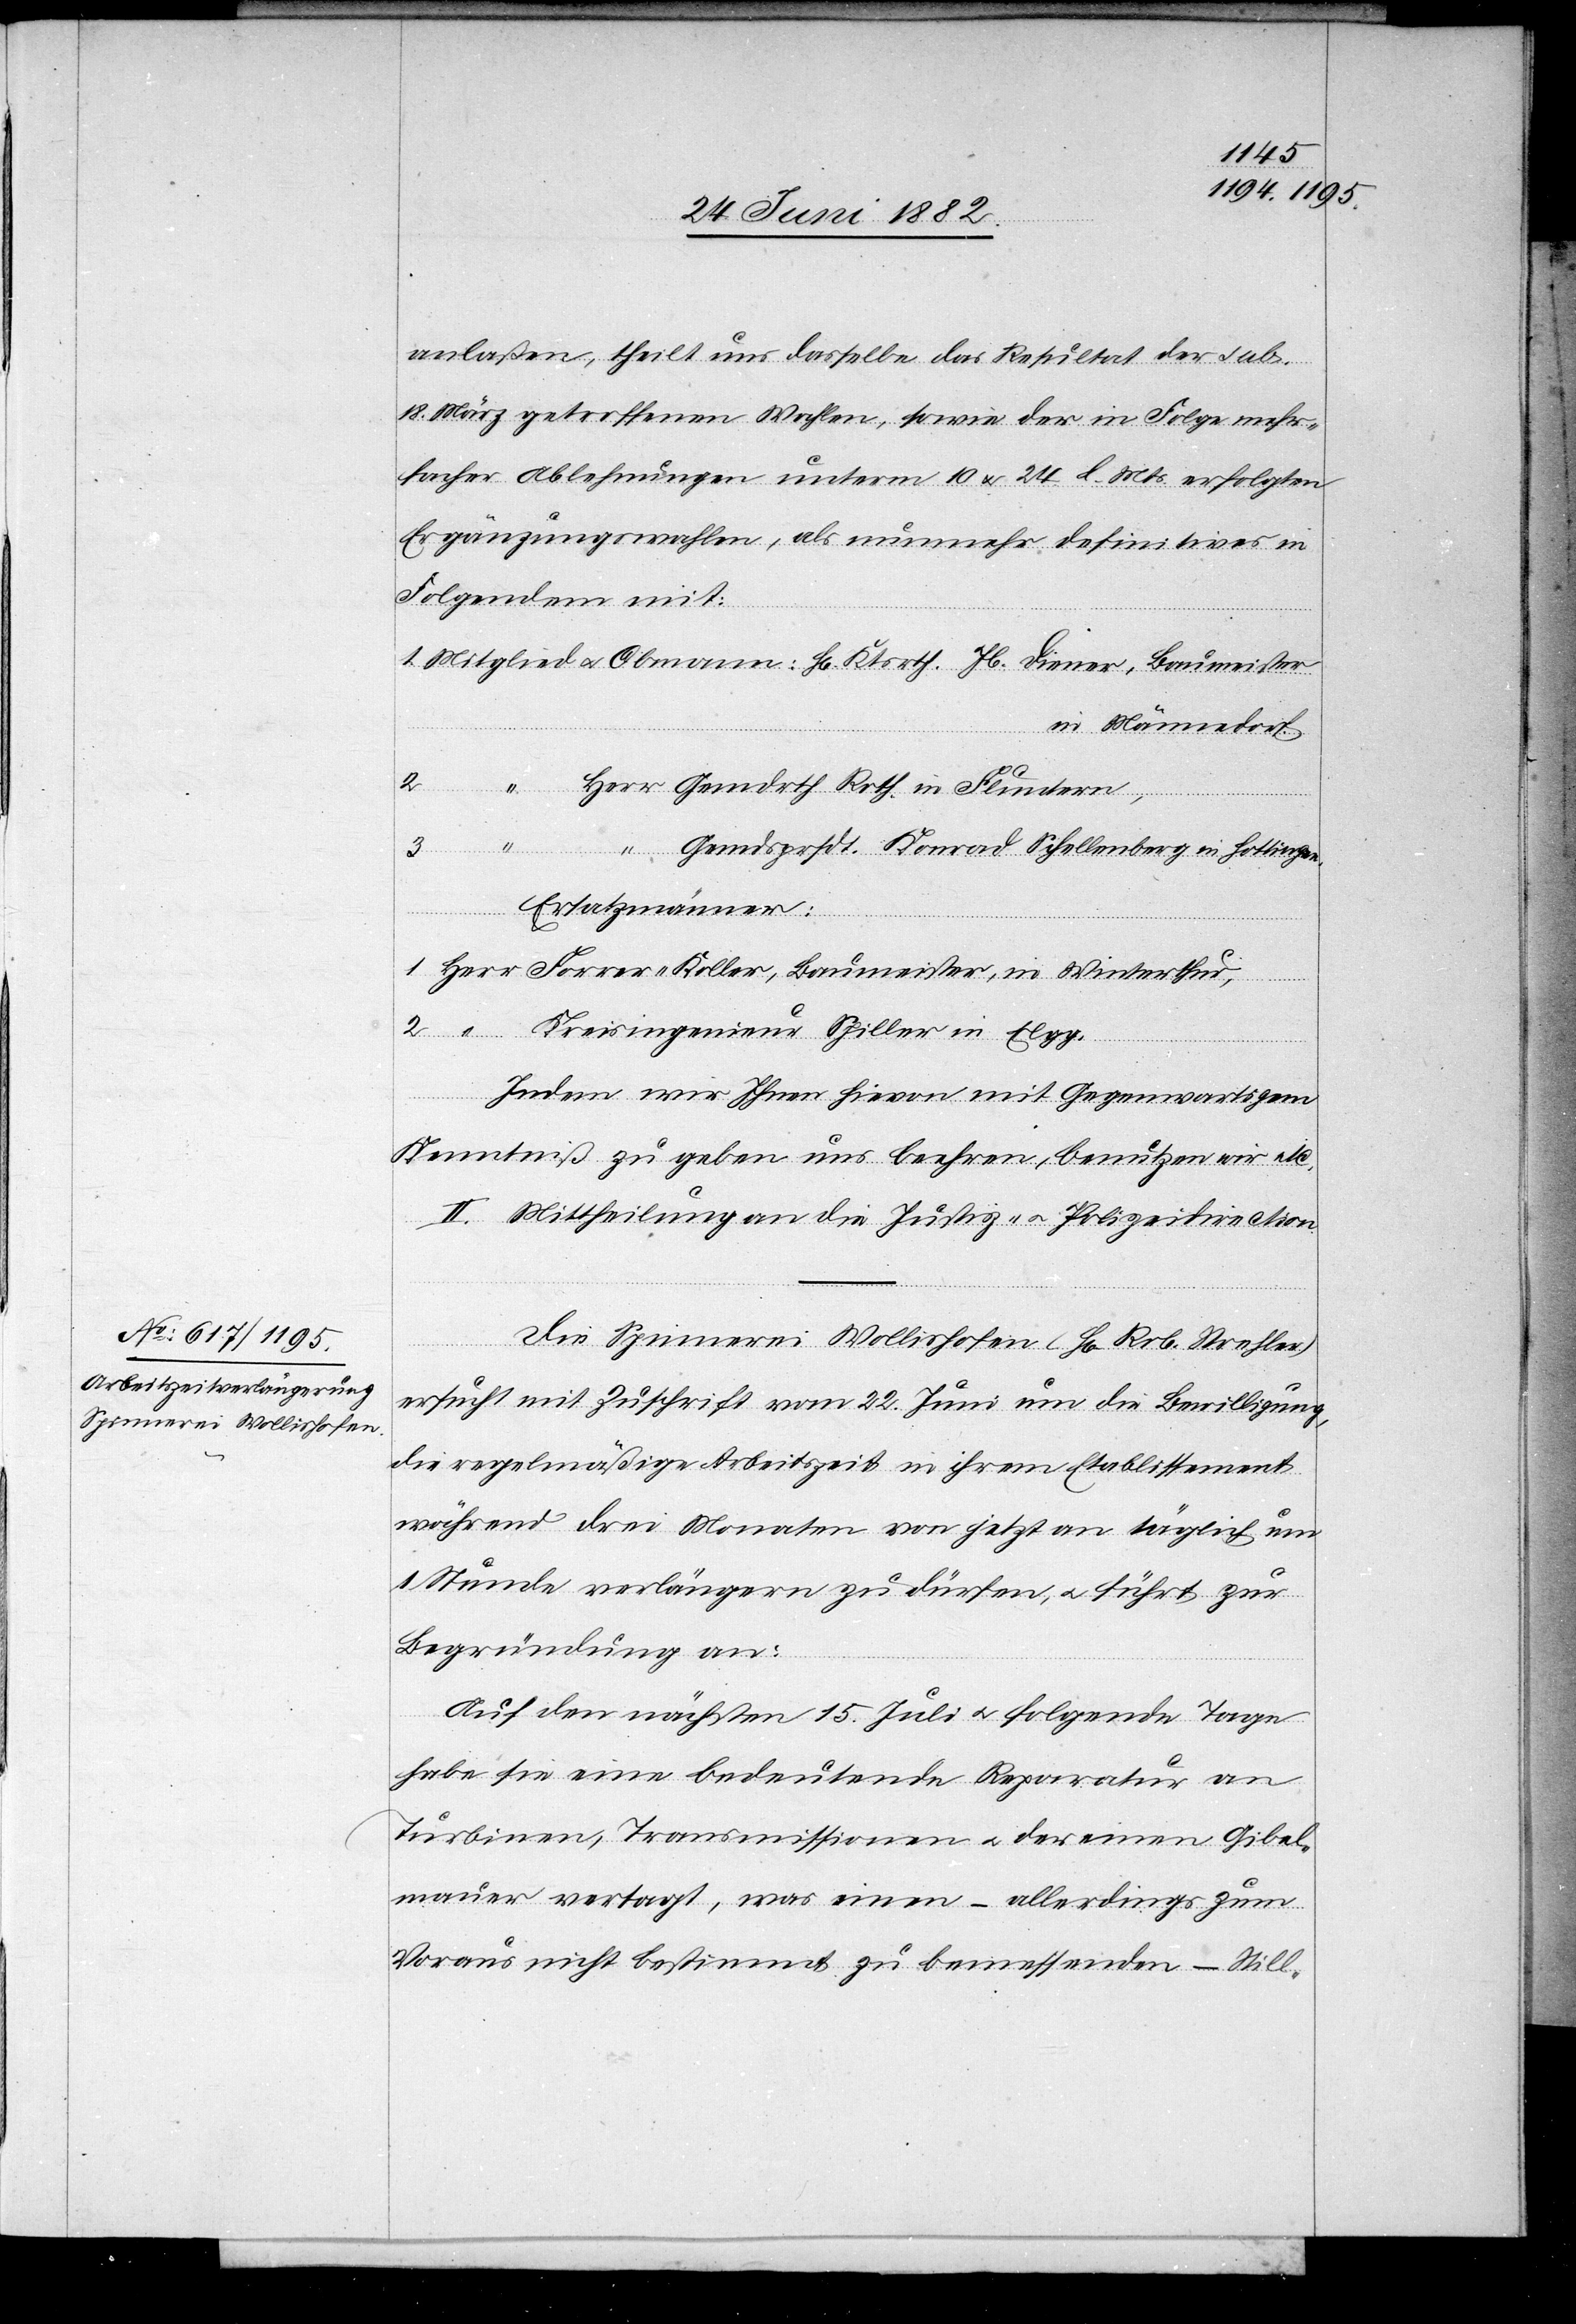
28. Juni 1882.]
anlaßen, theilt uns dasselbe das Resultat der sub.
18. März getroffenen Wahlen, sowie der in Folge mehr¬
facher Ablehnungen unterm 10. & 24. l. Mts. erfolgten
Ergänzungswahlen, als nunmehr definitives in
Folgendem mit:
1. Mitglied u. Obmann: Hr. Ktsrth. Jb. Diener, Baumeister
in Männedorf.
2. “ Herr Gemdrth Roth, in Fluntern,
“ “ Gemdsprsdt. Konrad Schellenberg in Hottingen.
Ersatzmänner:
1. Herr Forrer-Koller, Baumeister, in Winterthur,
2. “ Kreisingenieur Spiller in Elgg.
Indem wir Ihnen hievon mit Gegenwärtigem
Kenntniß zu geben uns beehren, benutzen wir etc.“
2. Mittheilung an die Justiz- u. Polizeidirection.
3.
Die Spinnerei Wollishofen (Hr. Rob. Strehler)
ersucht mit Zuschrift vom 22. Juni um die Bewilligung,
die regelmäßige Arbeitszeit in ihrem Etablissement
während drei Monaten von jetzt an täglich um
1 Stunde verlängern zu dürfen, u. führt zur
Begründung an:
Auf den nächsten 15. Juli u. folgende Tage
habe sie eine bedeutende Reparatur an
Turbinen, Transmissionen u. der einen Gibel¬
mauer vertagt, was einen – allerdings zum
Voraus nicht bestimmt zu bemessenden – Still-